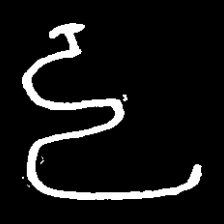
Pyu character \u2014 Myanmar letter: ဠ (romanized: lla)